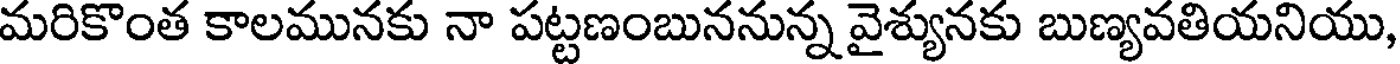
మరికొంత కాలమునకు నా పట్టణంబుననున్న వైశ్యునకు బుణ్యవతియనియు,